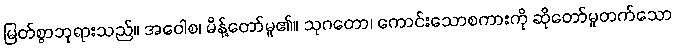
မြတ်စွာဘုရားသည်။ အဝေါစ၊ မိန့်တော်မူ၏။ သုဂတော၊ ကောင်းသောစကားကို ဆိုတော်မူတက်သော